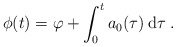
\begin{align*}\phi(t) = \varphi + \int_0^t a_0(\tau) \: \mathrm{d}\tau \; . \end{align*}